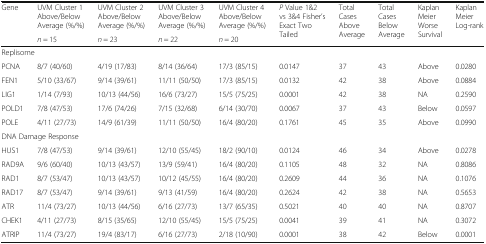
<table><thead><tr><td rowspan="2"><b>Gene</b></td><td><b>UVM Cluster 1 Above/Below Average (%/%)</b></td><td><b>UVM Cluster 2 Above/Below Average (%/%)</b></td><td><b>UVM Cluster 3 Above/Below Average (%/%)</b></td><td><b>UVM Cluster 4 Above/Below Average (%/%)</b></td><td rowspan="2"><b><i>P</i> Value 1&amp;2 vs 3&amp;4 Fisher’s Exact Two Tailed</b></td><td rowspan="2"><b>Total Cases Above Average</b></td><td rowspan="2"><b>Total Cases Below Average</b></td><td rowspan="2"><b>Kaplan Meier Worse Survival</b></td><td rowspan="2"><b>Kaplan Meier Log-rank</b></td></tr><tr><td><b><i>n</i> = 15</b></td><td><b><i>n</i> = 23</b></td><td><b><i>n</i> = 22</b></td><td><b><i>n</i> = 20</b></td></tr></thead><tbody><tr><td colspan="10">Replisome</td></tr><tr><td>PCNA</td><td>8/7 (40/60)</td><td>4/19 (17/83)</td><td>8/14 (36/64)</td><td>17/3 (85/15)</td><td>0.0147</td><td>37</td><td>43</td><td>Above</td><td>0.0280</td></tr><tr><td>FEN1</td><td>5/10 (33/67)</td><td>9/14 (39/61)</td><td>11/11 (50/50)</td><td>17/3 (85/15)</td><td>0.0132</td><td>42</td><td>38</td><td>Above</td><td>0.0884</td></tr><tr><td>LIG1</td><td>1/14 (7/93)</td><td>10/13 (44/56)</td><td>16/6 (73/27)</td><td>15/5 (75/25)</td><td>0.0001</td><td>42</td><td>38</td><td>NA</td><td>0.2590</td></tr><tr><td>POLD1</td><td>7/8 (47/53)</td><td>17/6 (74/26)</td><td>7/15 (32/68)</td><td>6/14 (30/70)</td><td>0.0067</td><td>37</td><td>43</td><td>Below</td><td>0.0597</td></tr><tr><td>POLE</td><td>4/11 (27/73)</td><td>14/9 (61/39)</td><td>11/11 (50/50)</td><td>16/4 (80/20)</td><td>0.1761</td><td>45</td><td>35</td><td>Above</td><td>0.0990</td></tr><tr><td colspan="10">DNA Damage Response</td></tr><tr><td>HUS1</td><td>7/8 (47/53)</td><td>9/14 (39/61)</td><td>12/10 (55/45)</td><td>18/2 (90/10)</td><td>0.0124</td><td>46</td><td>34</td><td>Above</td><td>0.0278</td></tr><tr><td>RAD9A</td><td>9/6 (60/40)</td><td>10/13 (43/57)</td><td>13/9 (59/41)</td><td>16/4 (80/20)</td><td>0.1105</td><td>48</td><td>32</td><td>NA</td><td>0.8086</td></tr><tr><td>RAD1</td><td>8/7 (53/47)</td><td>10/13 (43/57)</td><td>10/12 (45/55)</td><td>16/4 (80/20)</td><td>0.2609</td><td>44</td><td>36</td><td>NA</td><td>0.1076</td></tr><tr><td>RAD17</td><td>8/7 (53/47)</td><td>9/14 (39/61)</td><td>9/13 (41/59)</td><td>16/4 (80/20)</td><td>0.2624</td><td>42</td><td>38</td><td>NA</td><td>0.5653</td></tr><tr><td>ATR</td><td>11/4 (73/27)</td><td>10/13 (44/56)</td><td>6/16 (27/73)</td><td>13/7 (65/35)</td><td>0.5021</td><td>40</td><td>40</td><td>NA</td><td>0.8707</td></tr><tr><td>CHEK1</td><td>4/11 (27/73)</td><td>8/15 (35/65)</td><td>12/10 (55/45)</td><td>15/5 (75/25)</td><td>0.0041</td><td>39</td><td>41</td><td>NA</td><td>0.3072</td></tr><tr><td>ATRIP</td><td>11/4 (73/27)</td><td>19/4 (83/17)</td><td>6/16 (27/73)</td><td>2/18 (10/90)</td><td>0.0001</td><td>38</td><td>42</td><td>Below</td><td>0.0001</td></tr></tbody></table>